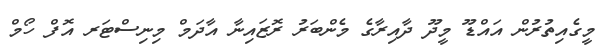
މީގެއިތުރުން އައްޑޫ މީދޫ ދާއިރާގެ މެންބަރު ރޮޒައިނާ އާދަމް މިނިސްޓަރ އޮފް ހޯމް